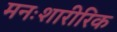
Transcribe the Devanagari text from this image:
मनःशारीरिक